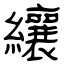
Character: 纕